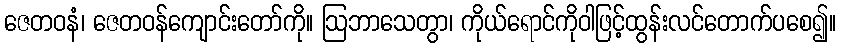
ဇေတဝနံ၊ ဇေတဝန်ကျောင်းတော်ကို။ ဩဘာသေတွာ၊ ကိုယ်ရောင်ကိုဝါဖြင့်ထွန်းလင်တောက်ပစေ၍။